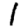
Digit: 1